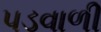
પડવાળી